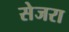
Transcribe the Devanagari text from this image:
सेजरा